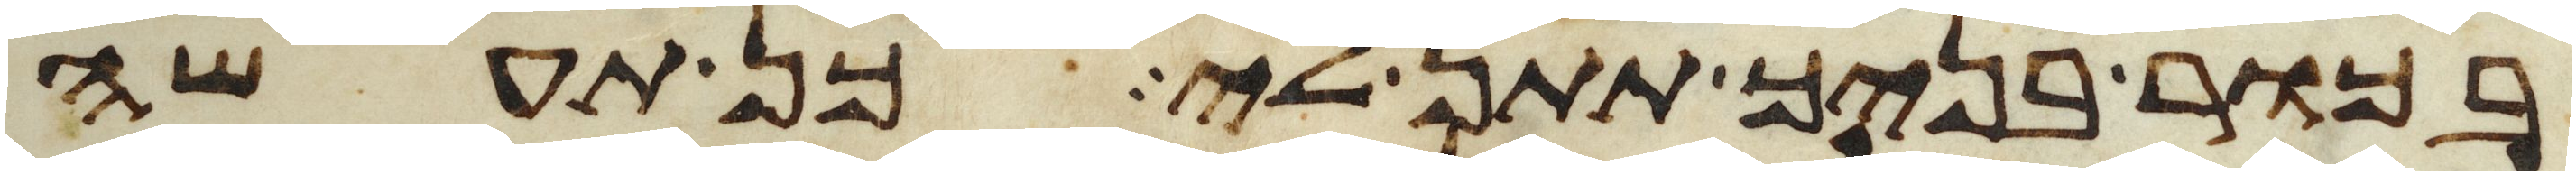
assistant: בכור בניך תתן לי כן תעשה